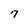
Character: 7